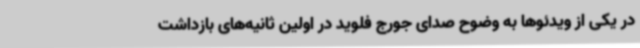
در یکی از ویدئوها به وضوح صدای جورج فلوید در اولین ثانیه‌های بازداشت